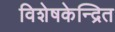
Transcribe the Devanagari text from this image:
विशेषकेन्द्रित